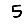
Digit: 5